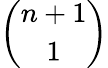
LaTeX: \binom{n+1}{1}